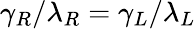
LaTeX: \gamma_{R}/\lambda_{R}=\gamma_{L}/\lambda_{L}